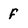
Character: f